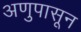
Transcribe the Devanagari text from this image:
अणुपासून